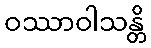
ဝဿာဝါသန္တိ